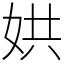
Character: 娂